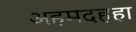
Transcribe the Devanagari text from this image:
अहमदहहा